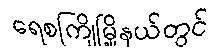
ရေစကြိုမြို့နယ်တွင်